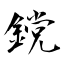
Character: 鎲